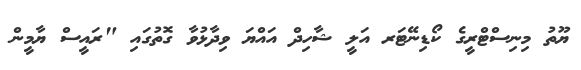
ޔޫތު މިނިސްޓްރީގެ ކޯޑިނޭޓަރ އަލީ ޝާހިދް އައްޔަ ވިދާޅުވާ ގޮތުގައި "ރައީސް ޔާމީން